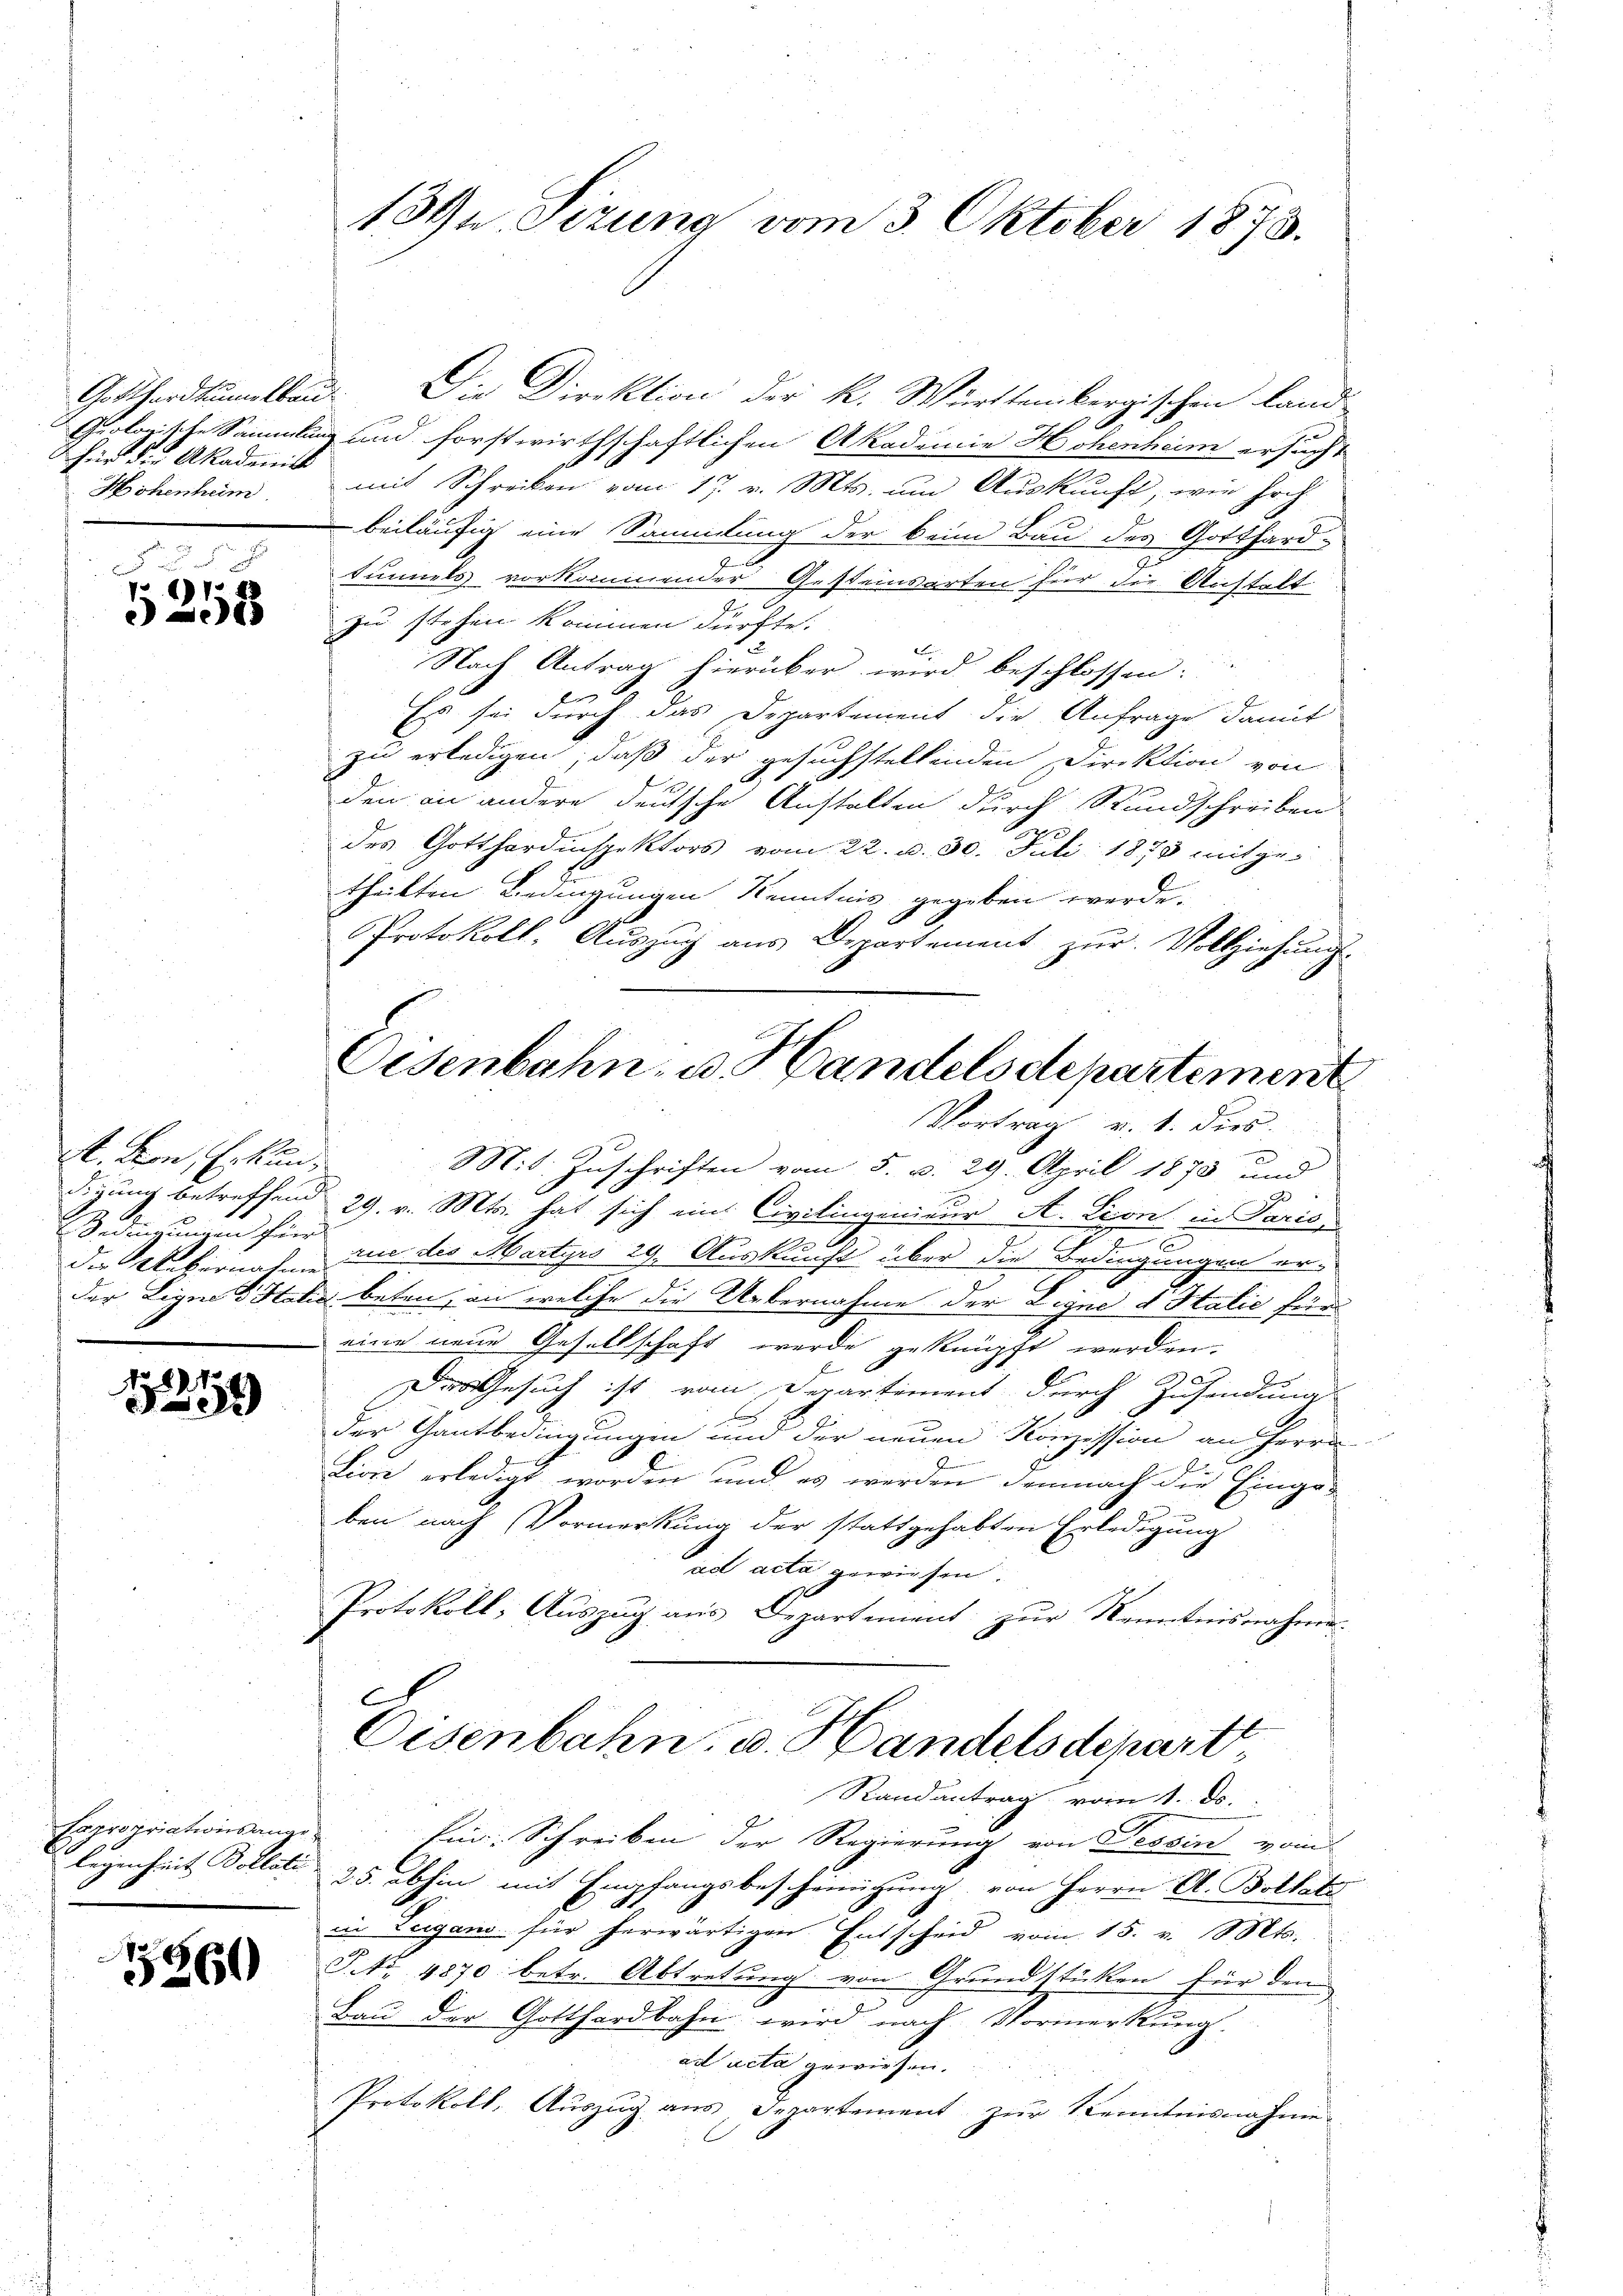
für die Akademis
Höhenheim

5
p
85

A. den Erkundie Uebernahmen

1221)

Expropriationsange

15260

134 u. Sizung vom 3. Oktober 1873.

Gotthardtumelbau. Die Direktion der K. Württembergischen Land-
Grolonische Sammlung und forstwirthschaftlichen Akademie Hohenheim ersucht
mit Schreiben vom 17. v. Mts. um Auskunft, wie Hoch
beiläufig eine Sammlung der beim Bau des Gotthard-
tinnels vorkommender Gesteinsarten für die Anstalt
zu stehen kommen dürfte.
e
Nach Antrag hierüber wird beschlossen:
Es sei durch das Departement die Anfrage damit
zu erledigen, daß der gesuchstellenden Direktion von
den an andere deutsche Anstalten durch Rundschreiben
des Gotthardinspektors vom 22. d. 30. Juli 1878 mitge-
theilten Bedingungen Kenntnis gegeben werde.
Protokoll. Aŭszŭg aŭs Departement zŭr Vollziehŭngs-
Mit Zuschriften vom 5. d. 29. April 1873 und
d
2
Sigung betreffend 29. v. Mts. hat sich ein Civilingenieur A. Lion in Parić,

Bedingungen für an des Martyrs 29. Auskunft über die Bedingungen erder Ligen Statis beten, an welche die Uebernahme der Digne d. Halić für
eine neue Gesellschaft werde geknüpft werden.
E
Der Gesuch ist vom Derartement durch Zusendung
der Gantbedingungen und der neuen Konzession an Herrn
Lion erledigt worden und es werden demnach die Einge-

ben nach Vormerkung der stattgehabten Erledigung
ad acta gewiesen.
Protokoll, Auszug aus Departement zur Kenntnisnahme
6
Eisenbahn, u. Handelsdepart,
Randantrag vom 1. ds.
Ein: Schreiben der Regierung von Tessin vom
legenheit Dollati 25. abhin mit Empfangsbescheinigung von Herrn A. Bollate
in Teigano für herwärtigen Entscheid vom 15. v. Mts.
P. No. 4870 betr. Abtretung von Grundstücken für den
Bau der Gotthardbahn wird nach Vormerkung.
ad acta gewiesen.
Protokoll, Auszug aus Departement zur Kenntnisnahme

Oisenbahn, u. Handelsdepartement
Vortrag v. 1. dies